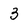
Character: 3